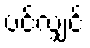
ပင်လျှင်